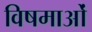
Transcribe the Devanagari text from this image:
विषमाओं